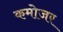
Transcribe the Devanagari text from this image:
कमोजर